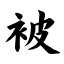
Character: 被